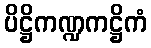
ပိဋ္ဌိကဏ္ဍကဋ္ဌိကံ